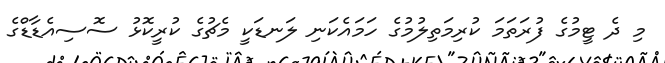
މި ދެ ޓީމުގެ ފުރަތަމަ ކުރިމަތިލުމުގެ ހަމައެކަނި ލަނޑަކީ މެޗުގެ ކުރީކޮޅު ސޮސިއެޑާޑްގެ